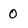
Character: 0